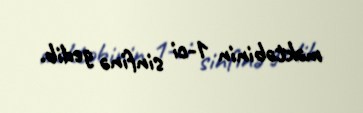
məktəbinin 1-ci sinfinə gedib.